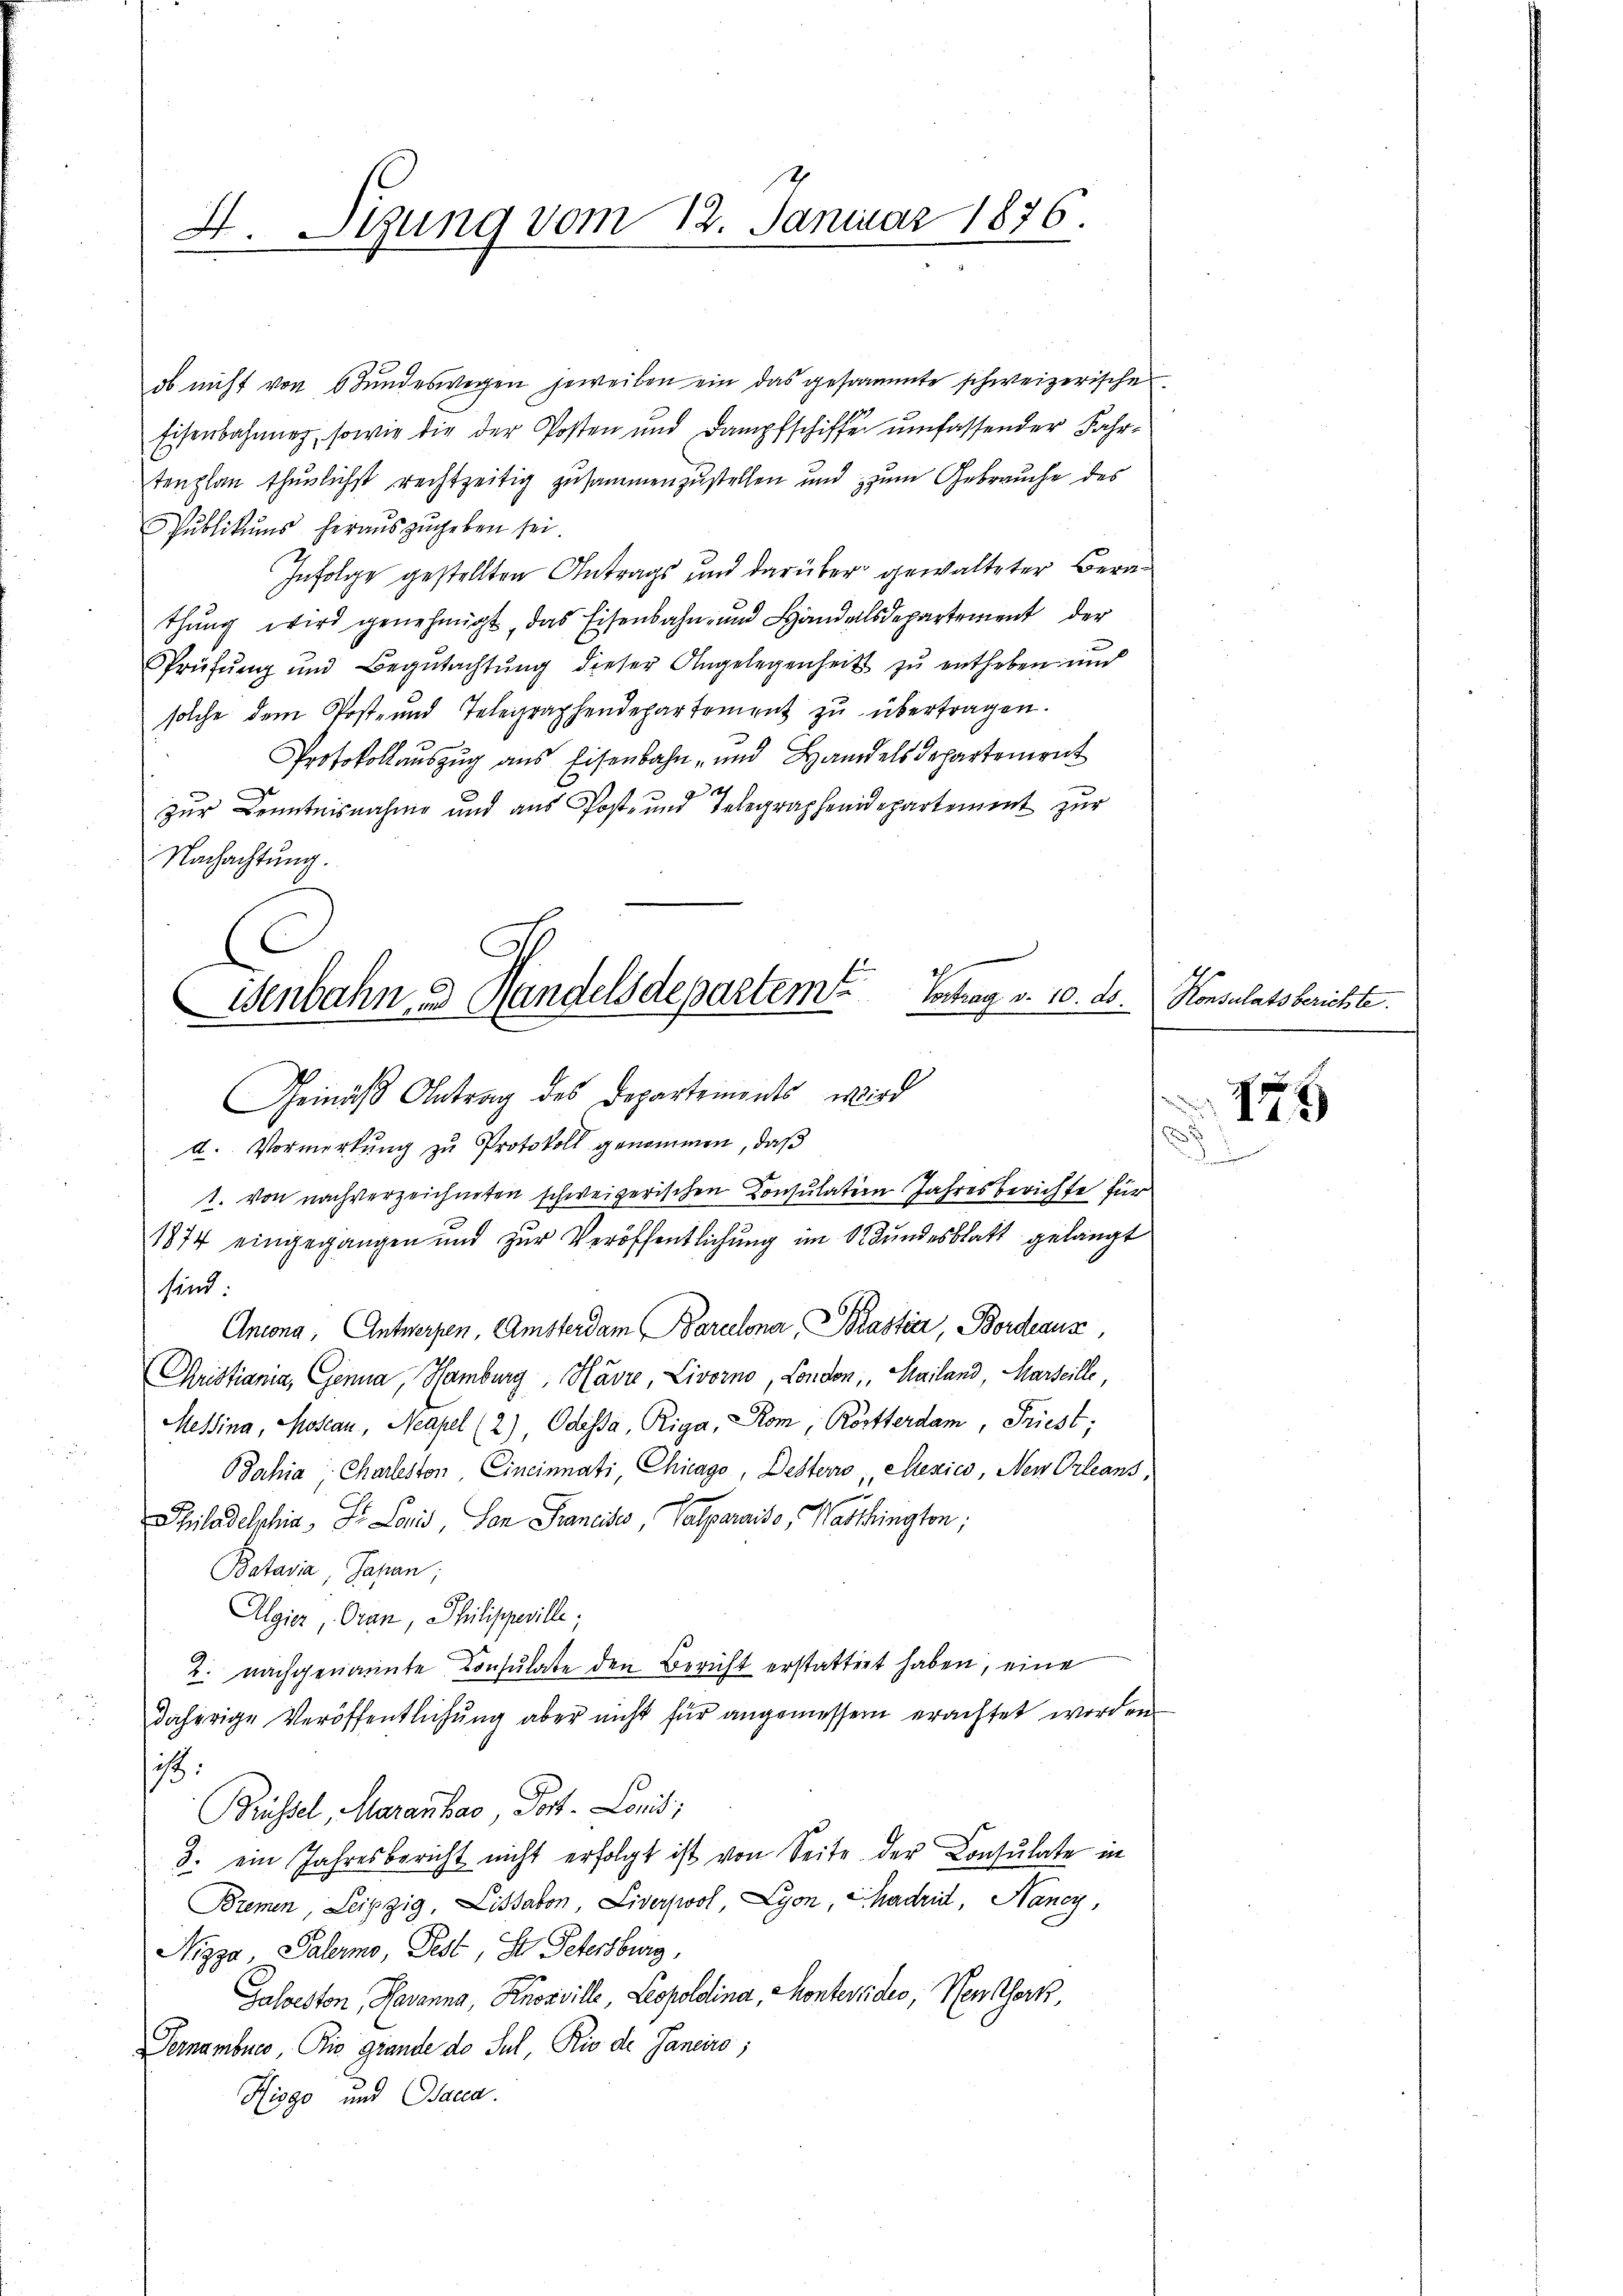
F. Sitzung vom 12. Januar 1876.

ob nicht von Stundeswegen jeweiben ein das gesammte schweizerische
Eisenbahnung, sowie die der Posten und Dampfschiffe umfassender Fahr-
tenplan thunlichst rechtzeitig zusammenzustellen und zum Gebrauche des
Publikums herauszugeben sei
Infolge gestellten Antrags und darüber gewalteter Berathung wird genehmigt, das Eisenbahn- und Handelsdepartement der
Sprüfung und Begutachtung dieser Angelegenheits zu entheben und
solche dem Post- und Telegraphendepartement zu übertragen.
e
Protokollauszug aus Eisenbahn- und Handelsdepartement
t
zur Kenntnisnahme und aus Post- und Telegraphendepartement zur
Nachachtung.
e
d. Vormerkung zu Protokoll genommen, daß
1. von nachverzeichneten schweizerischen Consulation Jahresberichte für
1874 eingegangen und zur Veröffentlichung im Stundesblatt gelangt
sind
Ancona, Antwerfen, Amsterdam Barcelona, Plastier, Bordeaus,
Christiania, Genua, Hamburg, Havre Livorno, London, Mailand Marseille
Messina, Mosean, Neapel (2), Odissa, Riga, Rom, Rotterdam, Friest;
Jahia, Charleston, Cincinnati Chicago, Desterio Mexico, Neu Orleans,
c

Spiladelphia, St. Lonis, San Francisco, Calparaiso " Wattbrington,
Bastasia, Johan;
Algier, Oran, Philippeville;
2. nachgenannte Consulate den Bericht erstattert haben, eine
daherige Veröffentlichŭng aber nicht für angemessen erachtet worden
:
Brüssel, Maranbar, Post. Loniti
3. ein Jahresbericht nicht erfolgt ist von Seite der Consulate in
Bremen, Leipzig, Lissabon Liverpool, Lyon, Chadrid, Nancy,
Nizza, Palermo, Pest, St. Petersburg,
Galveston, Havanna, Russville, Leopoldina, Montevides, Neuthort
Pernamburg, Die Grunde do Sul, Rio de Janeirs;
Hiogo und Bacca.

Senbahn u Handelsdepartem Ertrag v. 10. ds.
Gemäß Antrag des Departements, wird

Konsulatsberichte.

1